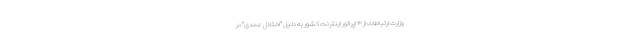
وزارت ارتباطات از ۳ اپراتور اینترنت کشور به دلیل "اختلال عمدی" در